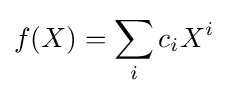
f(X)=\sum _{i}c_{i}X^{i}